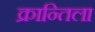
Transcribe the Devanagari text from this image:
क्रान्तिला